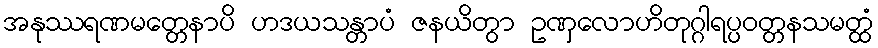
အနုဿရဏမတ္တေနာပိ ဟဒယသန္တာပံ ဇနယိတွာ ဥဏှလောဟိတုဂ္ဂါရပ္ပဝတ္တနသမတ္ထံ